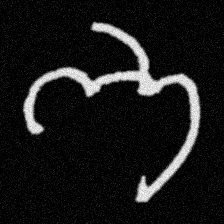
Pyu character \u2014 Myanmar letter: ဘ (romanized: bha)